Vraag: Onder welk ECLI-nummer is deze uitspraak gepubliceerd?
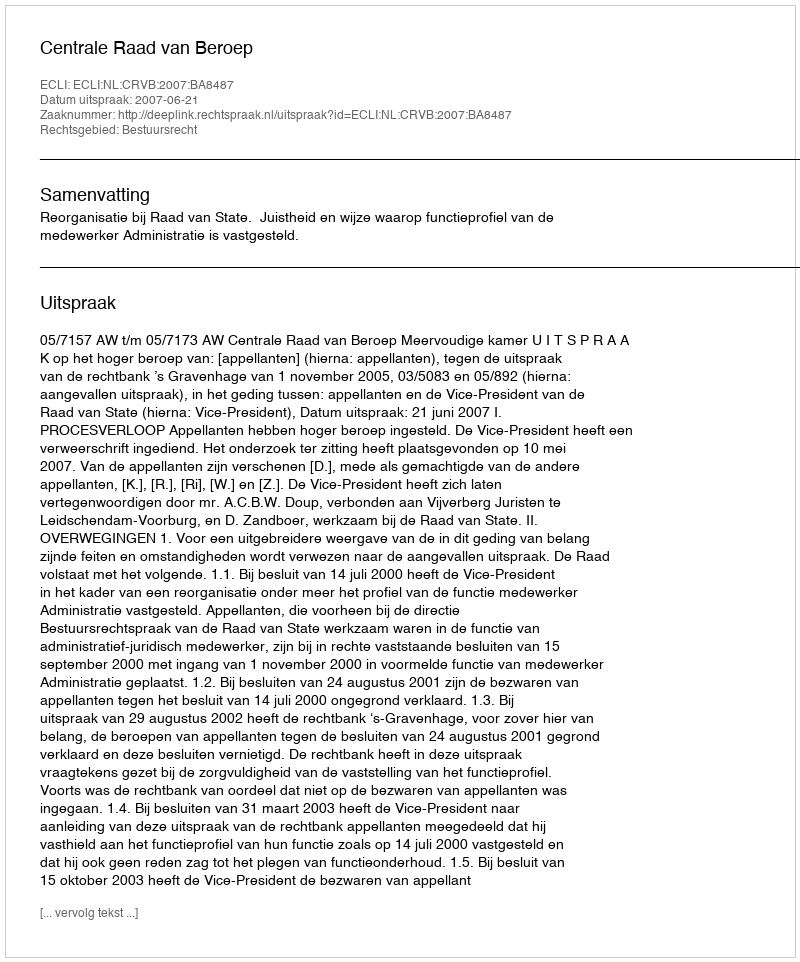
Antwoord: ECLI:NL:CRVB:2007:BA8487